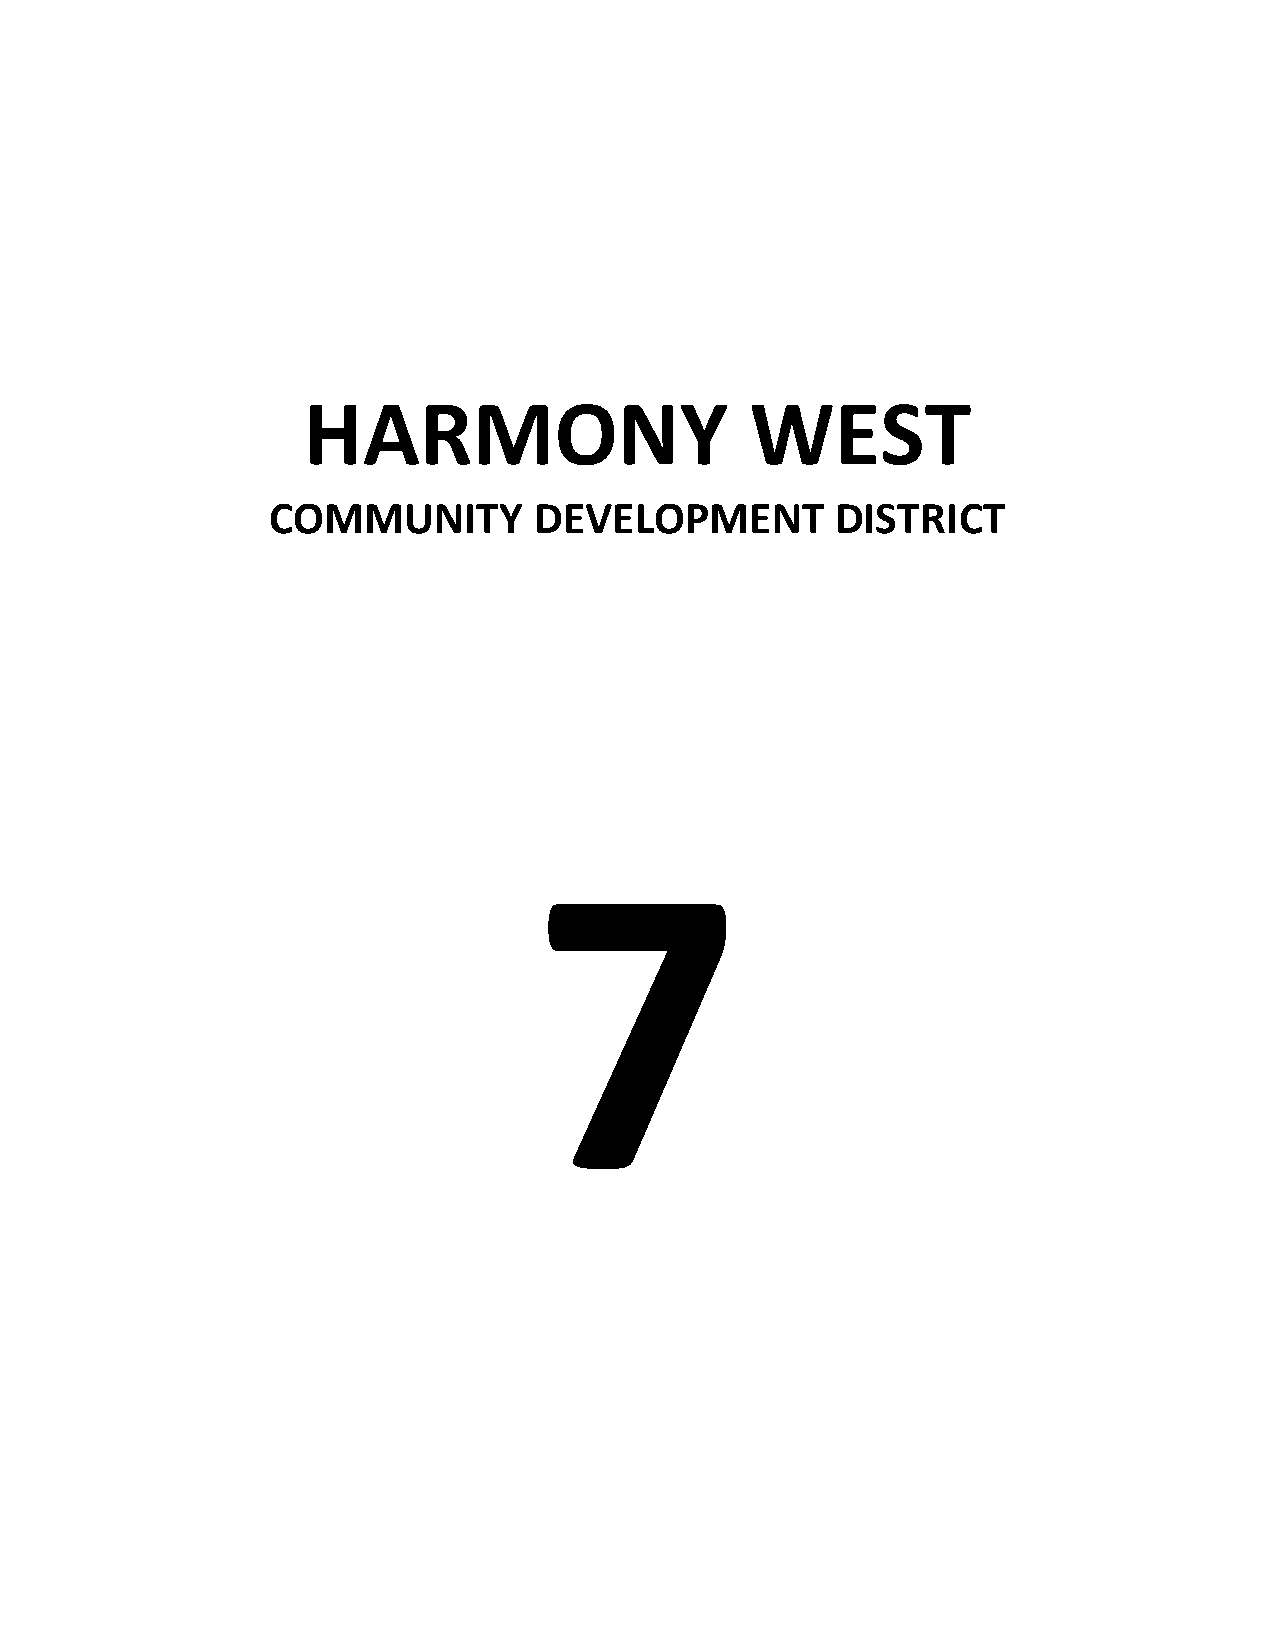
HARMONY                       WEST
 COMMUNITY        DEVELOPMENT         DISTRICT
 7